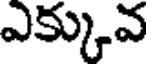
ఎక్కువ